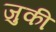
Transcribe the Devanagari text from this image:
जुकी